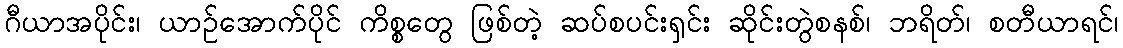
ဂီယာအပိုင်း၊ ယာဉ်အောက်ပိုင် ကိစ္စတွေ ဖြစ်တဲ့ ဆပ်စပင်းရှင်း ဆိုင်းတွဲစနစ်၊ ဘရိတ်၊ စတီယာရင်၊